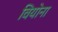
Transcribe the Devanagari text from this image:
वियोना